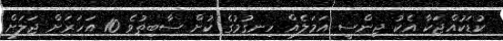
ކުޑަކުއްޖަކާ އެކު ޖިންސީ އަމަލެއް ހިނގުމުގެ ކުށް ސާބިތުވެ 10 އަހަރަށް ޖަލަށް